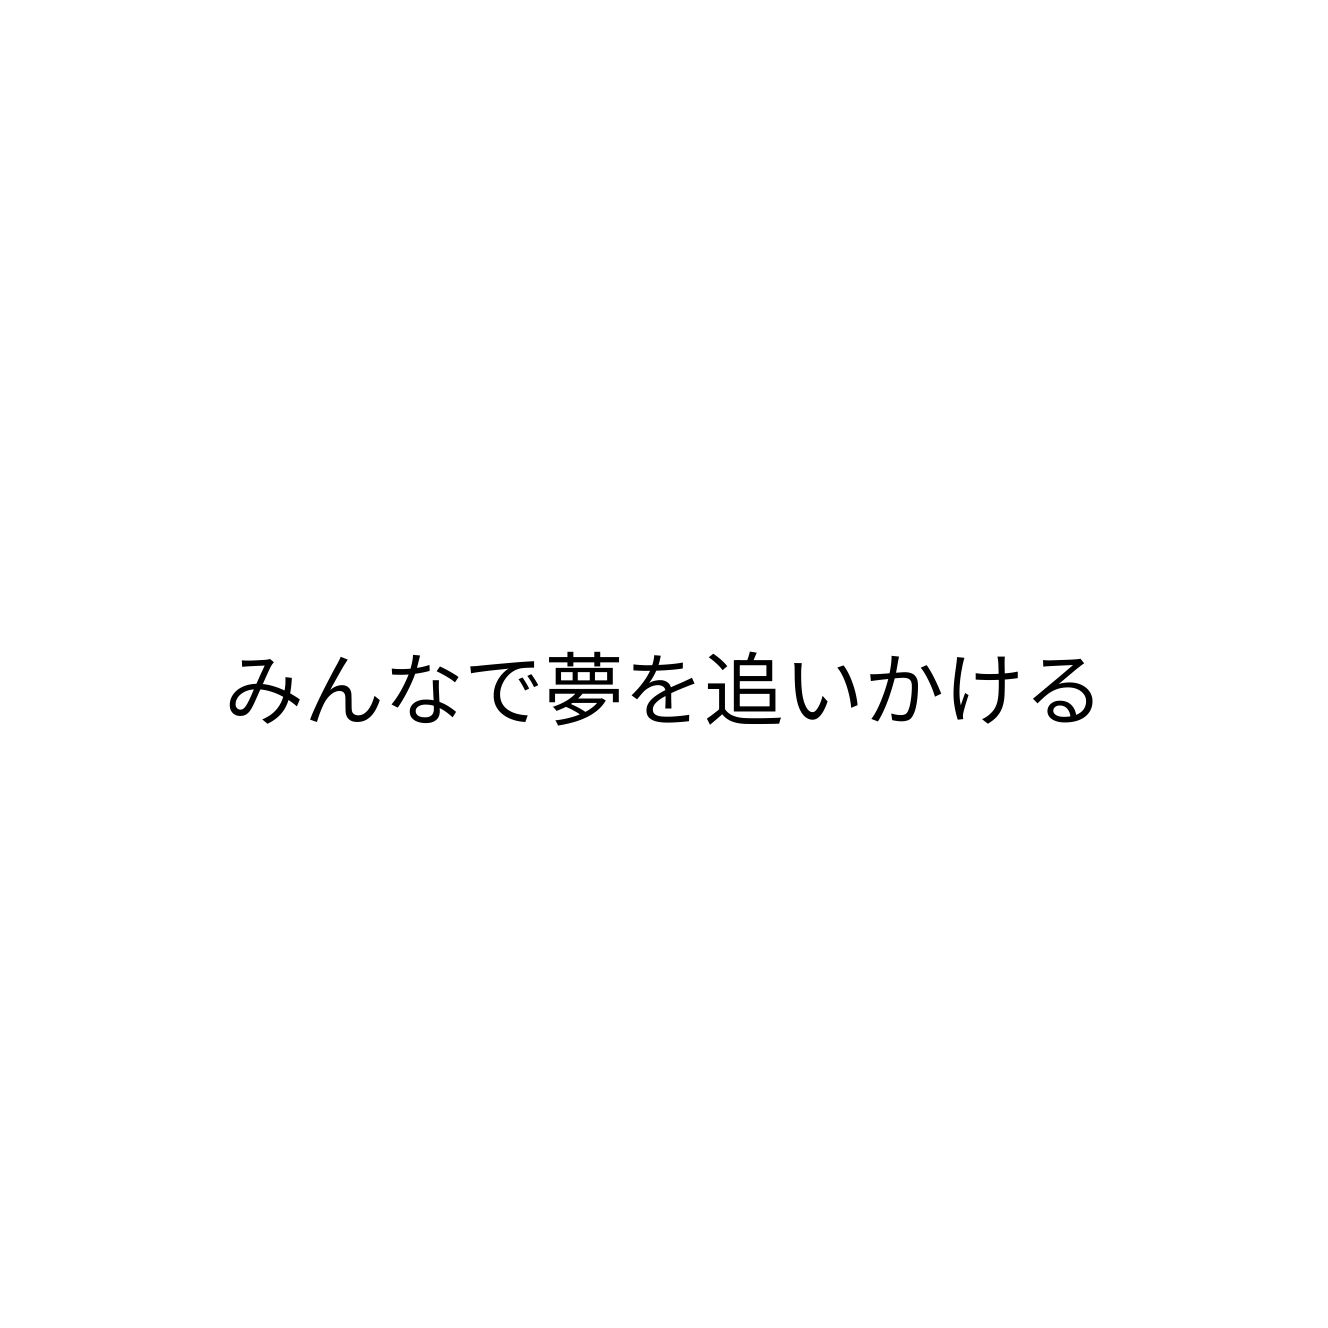
みんなで夢を追いかける